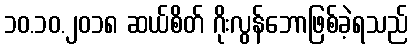
၁၀.၁၀.၂၀၁၈ ဆယ်စိတ် ဂိုးလွန်ဘောဖြစ်ခဲ့ရသည်